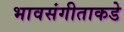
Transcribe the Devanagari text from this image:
भावसंगीताकडे